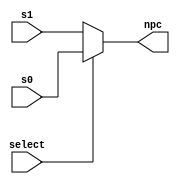
// Course: CSE 401- Computer Architecture
// Term: Winter 2020
// Name: Erika Gutierrez
// ID: 005318270

`timescale 1ns / 1ps

module mux(
    input wire [31:0] s0, s1,
    input wire select,
    output wire [31:0] npc
    );

assign npc = select ? s0 : s1;

endmodule // mux